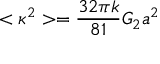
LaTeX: < \kappa ^ { 2 } > = \frac { 3 2 \pi k } { 8 1 } G _ { 2 } a ^ { 2 }